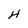
Character: H